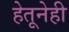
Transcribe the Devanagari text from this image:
हेतूनेही